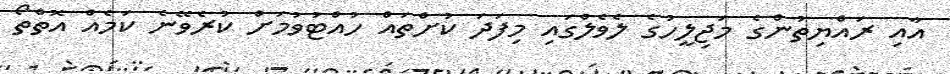
އާއި ރައްޔިތުންގެ މަޖިލީހުގެ ލެވެލްގައި މިފަދަ ކުށްތައް ހުއްޓުވުމަށް ކުރެވޭނެ ކަމެއް އޮތްތޯ